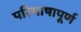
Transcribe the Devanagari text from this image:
परिभाषापूर्ण